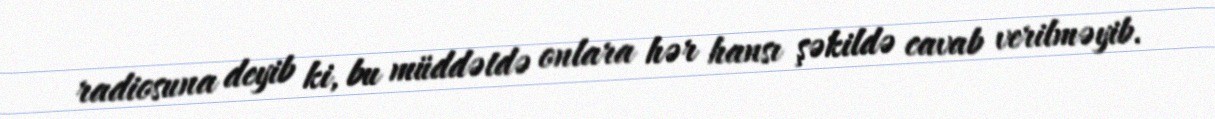
radiosuna deyib ki, bu müddətdə onlara hər hansı şəkildə cavab verilməyib.